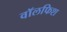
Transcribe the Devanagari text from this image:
वॉलफिश